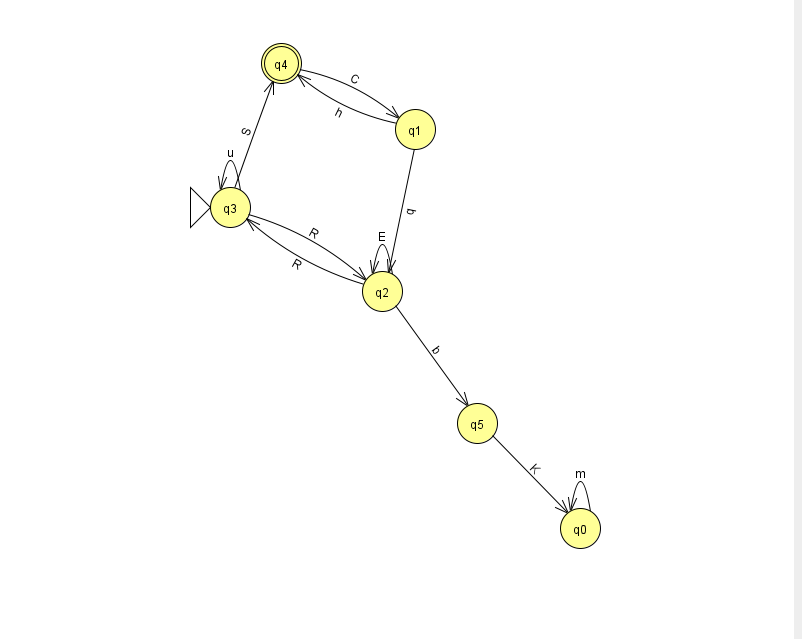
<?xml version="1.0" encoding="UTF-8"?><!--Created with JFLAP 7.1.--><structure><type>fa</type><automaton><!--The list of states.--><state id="0" name="q0"><x>580.0</x><y>515.0</y></state><state id="1" name="q1"><x>415.0</x><y>116.0</y></state><state id="2" name="q2"><x>382.0</x><y>278.0</y></state><state id="3" name="q3"><x>230.0</x><y>194.0</y><initial/></state><state id="4" name="q4"><x>281.0</x><y>50.0</y><final/></state><state id="5" name="q5"><x>477.0</x><y>410.0</y></state><!--The list of transitions.--><transition><from>2</from><to>2</to><read>E</read></transition><transition><from>3</from><to>3</to><read>u</read></transition><transition><from>4</from><to>1</to><read>C</read></transition><transition><from>2</from><to>3</to><read>R</read></transition><transition><from>3</from><to>2</to><read>R</read></transition><transition><from>2</from><to>5</to><read>b</read></transition><transition><from>3</from><to>4</to><read>S</read></transition><transition><from>5</from><to>0</to><read>K</read></transition><transition><from>0</from><to>0</to><read>m</read></transition><transition><from>1</from><to>2</to><read>q</read></transition><transition><from>1</from><to>4</to><read>h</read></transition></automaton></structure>